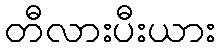
တီလားပီးယား